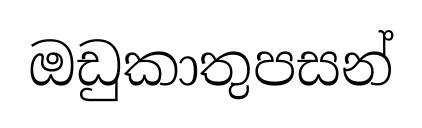
ඔඩුකාතුපසන්